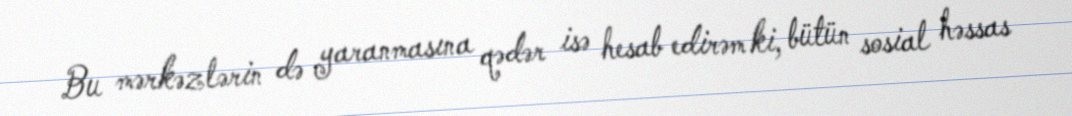
Bu mərkəzlərin də yaranmasına qədər isə hesab edirəm ki, bütün sosial həssas